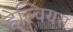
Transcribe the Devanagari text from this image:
हेल्वियस